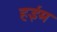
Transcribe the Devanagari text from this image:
हईम